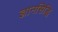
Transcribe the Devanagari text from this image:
ज्ञानसिद्धि